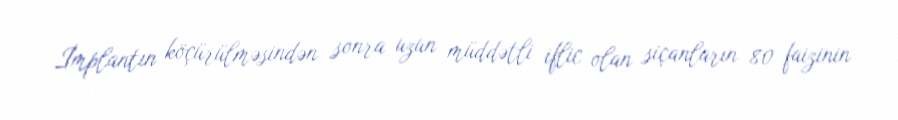
İmplantın köçürülməsindən sonra uzun müddətli iflic olan siçanların 80 faizinin